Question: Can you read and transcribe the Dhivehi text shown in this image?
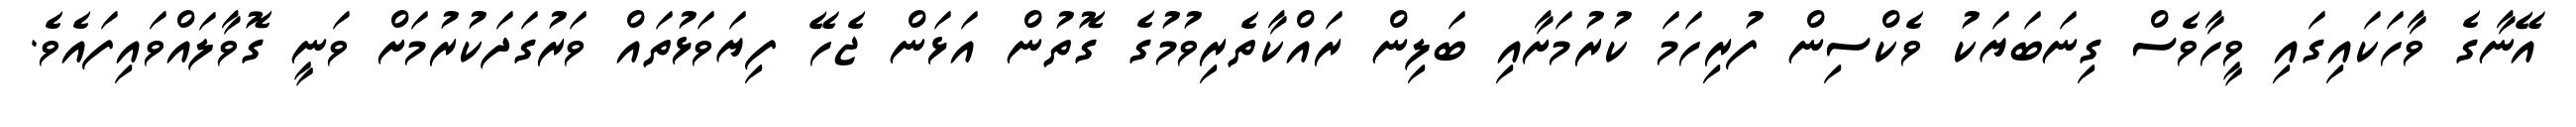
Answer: އޭނާގެ ވާހަކައިގައި ވީހާވެސް ގިނަބަޔަކު ވެކްސިން ފުރިހަމަ ކުރުމަށާއި ބަލިން ރައްކާތެރިވުމުގެ ގޮތުން އަޅަން ޖެހޭ ފިޔަވަޅުތައް ވަރުގަދަކުރުމަށް ވަނީ ގޮވާލައްވައިފައެވެ.